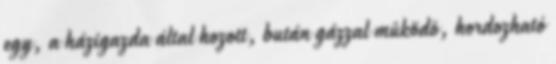
egy, a házigazda által hozott, bután gázzal mûködõ, hordozható